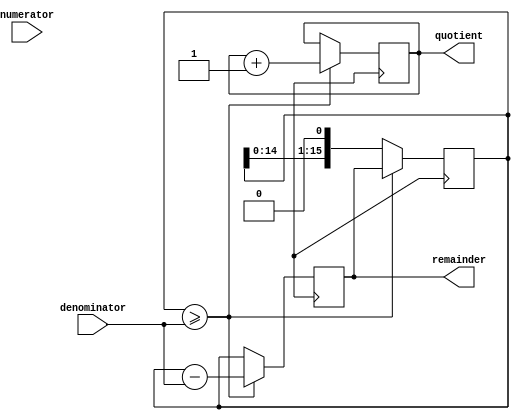
module Shift_Subtract_Divider (
    input wire [15:0] numerator,
    input wire [15:0] denominator,
    output wire [15:0] quotient,
    output wire [15:0] remainder
);

reg [15:0] shift_reg;
reg [15:0] counter;
reg [15:0] sub_result;

always @ (posedge clk) begin
    if (shift_reg >= denominator) begin
        sub_result <= shift_reg - denominator;
        shift_reg <= sub_result;
        counter <= counter + 1;
    end
    else begin
        sub_result <= shift_reg;
        shift_reg <= shift_reg << 1;
    end
end

assign quotient = counter;
assign remainder = sub_result;

endmodule